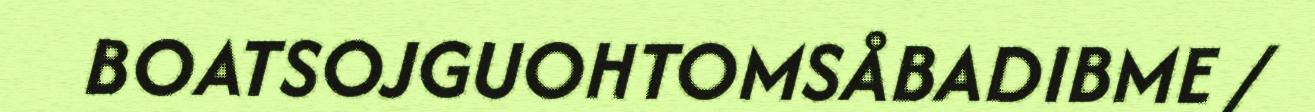
BOATSOJGUOHTOMSÅBADIBME /